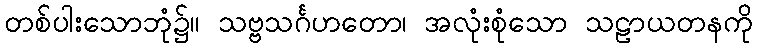
တစ်ပါးသောဘုံ၌။ သဗ္ဗသင်္ဂဟတော၊ အလုံးစုံသော သဠာယတနကို